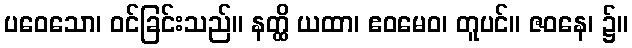
ပဝေသော၊ ဝင်ခြင်းသည်။ နတ္ထိ ယထာ၊ ဧဝမေဝ၊ တူပင်။ ဇဝနေ၊ ၌။